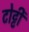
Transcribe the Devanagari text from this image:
टोट्टी